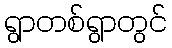
ရွာတစ်ရွာတွင်